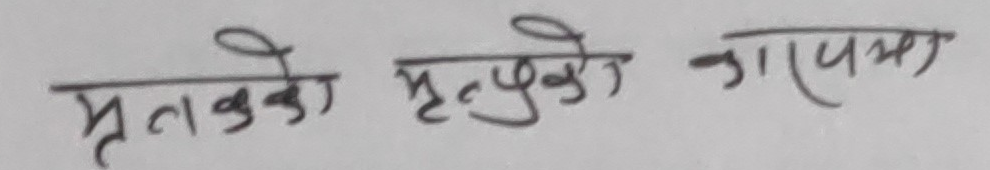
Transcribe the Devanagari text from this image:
मृतकको मृत्युको कारण